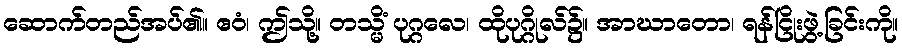
ဆောက်တည်အပ်၏။ ဧဝံ၊ ဤသို့။ တသ္မိံ ပုဂ္ဂလေ၊ ထိုပုဂ္ဂိုလ်၌။ အာဃာတော၊ ရန်ငြိုးဖွဲ့ခြင်းကို။